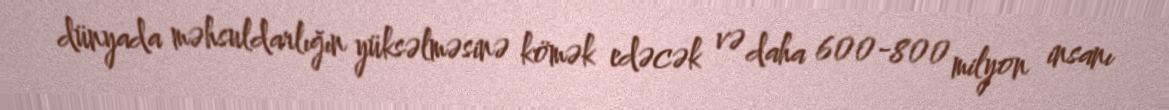
dünyada məhsuldarlığın yüksəlməsinə kömək edəcək və daha 600-800 milyon insanı